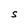
Character: s